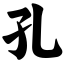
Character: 孔